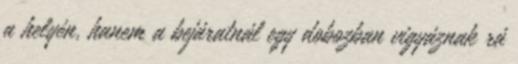
a helyén, hanem a bejáratnál egy dobozban vigyáznak rá